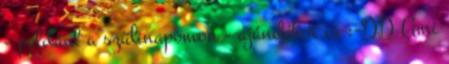
- például a szülinapomon - ajándékot is :-DD Ami